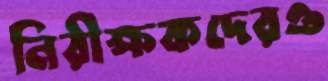
নিরীক্ষকদেরও